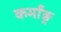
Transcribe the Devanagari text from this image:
कर्मांङ्र